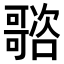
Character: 𡃭